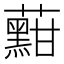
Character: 𱾽